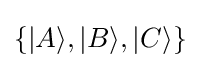
\left\{|A\rangle ,|B\rangle ,|C\rangle \right\}